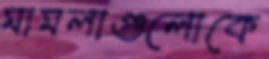
মামলাগুলোকে